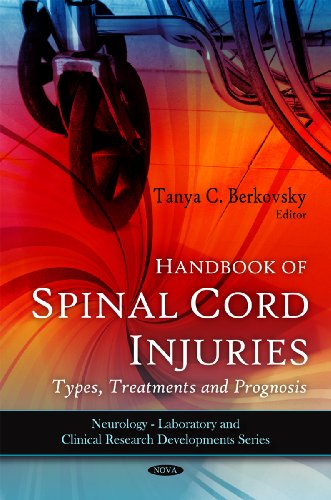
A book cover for Handbook of Spinal Cord Injuries: Types, Treatments and Prognosis (Neurology-Laboratory and Clinical Research Developments); Health, Fitness & Dieting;